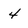
Character: 4